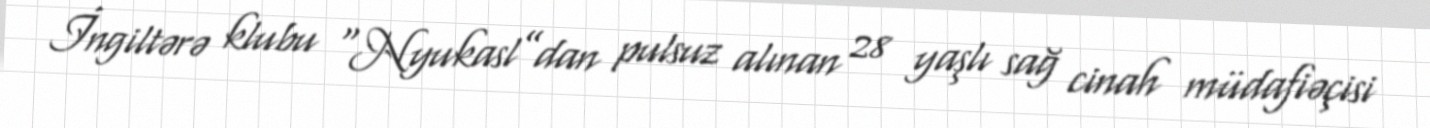
İngiltərə klubu “Nyukasl”dan pulsuz alınan 28 yaşlı sağ cinah müdafiəçisi